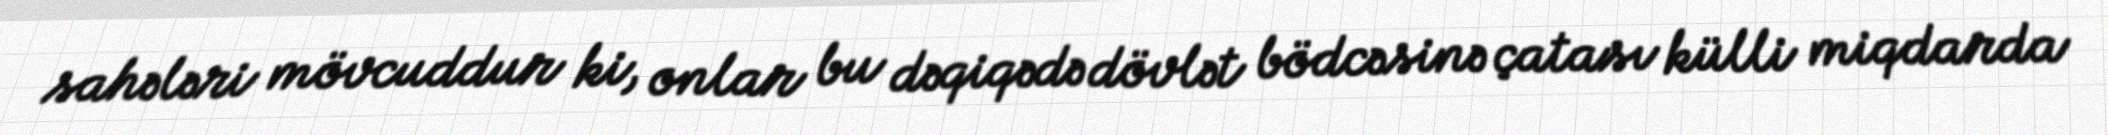
sahələri mövcuddur ki, onlar bu dəqiqədə dövlət bödcəsinə çatası külli miqdarda